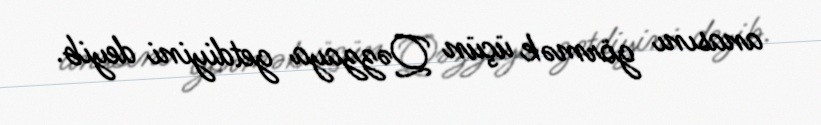
anasını görmək üçün Qəzzaya getdiyini deyib.